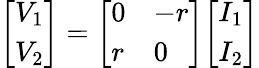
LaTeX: {\left[\begin{array}{l}{V_{1}}\\ {V_{2}}\end{array}\right]}={\left[\begin{array}{ll}{0}&{-r}\\ {r}&{0}\end{array}\right]}{\left[\begin{array}{l}{I_{1}}\\ {I_{2}}\end{array}\right]}